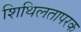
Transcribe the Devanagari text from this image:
शिथिलतापरक